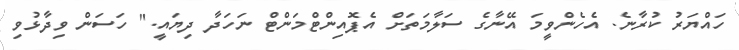
ހައްޔަރު ކުރާނެ. އެހެންވީމަ އޭނާގެ ސަލާމަތަށް އެޕޮއިންޓްމަންޓް ނަހަދާ ދިޔައީ." ހަސަން ވިދާޅުވި